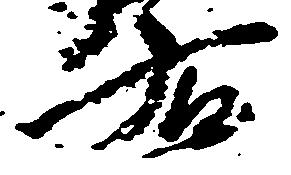
右